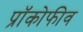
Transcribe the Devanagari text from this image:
प्रॉकोफीव